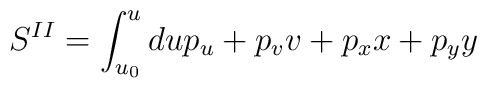
S^{II}=\int ^{u}_{u_{0}}du p_{u}	+p_{v}v+p_{x}x+p_{y}y